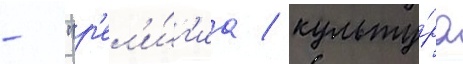
- "р'ел'и́г'иа / культу́ра